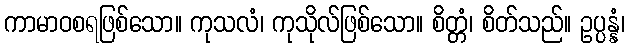
ကာမာဝစရဖြစ်သော။ ကုသလံ၊ ကုသိုလ်ဖြစ်သော။ စိတ္တံ၊ စိတ်သည်။ ဥပ္ပန္နံ၊